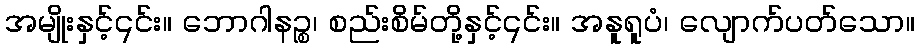
အမျိုးနှင့်၎င်း။ ဘောဂါနဉ္စ၊ စည်းစိမ်တို့နှင့်၎င်း။ အနူရူပံ၊ လျောက်ပတ်သော။